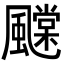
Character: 𩙆